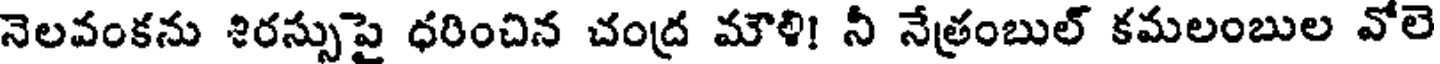
నెలవంకను శిరస్సుపై ధరించిన చంద్ర మౌళి! నీ నేత్రంబుల్ కమలంబుల వోలె